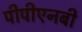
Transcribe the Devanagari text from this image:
पीपीएनबी